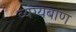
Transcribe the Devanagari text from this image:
व्यंग्यबाण